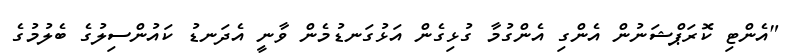
"އެންޓި ކޮރަޕްޝަނުން އެންގި އެންގުމާ ގުޅިގެން އަޅުގަނޑުމެން ވާނީ އެދަނޑު ކައުންސިލުގެ ބެލުމުގެ